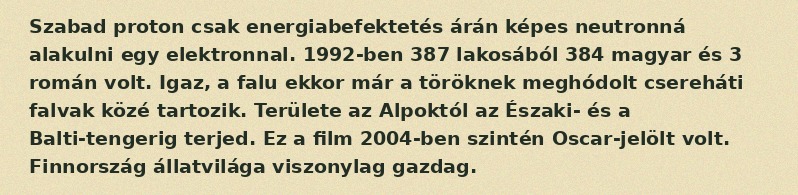
Szabad proton csak energiabefektetés árán képes neutronná alakulni egy elektronnal. 1992-ben 387 lakosából 384 magyar és 3 román volt. Igaz, a falu ekkor már a töröknek meghódolt csereháti falvak közé tartozik. Területe az Alpoktól az Északi- és a Balti-tengerig terjed. Ez a film 2004-ben szintén Oscar-jelölt volt. Finnország állatvilága viszonylag gazdag.